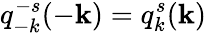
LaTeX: q_{-k}^{-s}(-{\mathbf k})=q_{k}^{s}({\mathbf k})